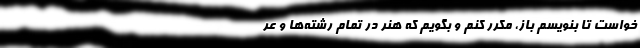
خواست تا بنویسم باز، مکرر کنم و بگویم که هنر در تمام رشته‌ها و عر